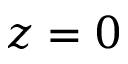
z = 0